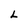
Character: L